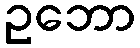
ဥဘော